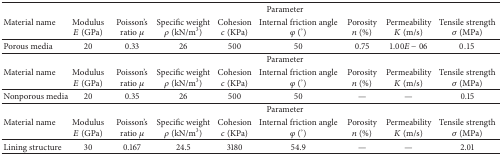
| <ROWSPAN=2> Material name | <COLSPAN=8> Parameter |
 | ModulusE (GPa) | Poisson's ratio μ | Specific weight ρ (kN/m3) | Cohesionc (KPa) | Internal friction angle φ (°) | Porosityn (%) | PermeabilityK (m/s) | Tensile strengthσ (MPa) |
 | --- | --- | --- | --- | --- | --- | --- | --- | --- |
 | Porous media | 20 | 0.33 | 26 | 500 | 50 | 0.75 | 1.00E − 06 | 0.15 |
 | <ROWSPAN=2> Material name | <COLSPAN=8> Parameter |
 | ModulusE (GPa) | Poisson's ratio μ | Specific weight ρ (kN/m3) | Cohesionc (KPa) | Internal friction angle φ (°) | Porosityn (%) | PermeabilityK (m/s) | Tensile strengthσ (MPa) |
 | Nonporous media | 20 | 0.35 | 26 | 500 | 50 | — | — | 0.15 |
 | <ROWSPAN=2> Material name | <COLSPAN=8> Parameter |
 | ModulusE (GPa) | Poisson's ratio μ | Specific weight ρ (kN/m3) | Cohesionc (KPa) | Internal friction angle φ (°) | Porosityn (%) | PermeabilityK (m/s) | Tensile strengthσ (MPa) |
 | Lining structure | 30 | 0.167 | 24.5 | 3180 | 54.9 | — | — | 2.01 |